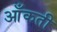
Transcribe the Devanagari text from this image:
आँकती